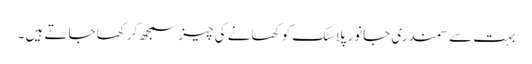
بہت سے سمندری جانور پلاسٹک کو کھانے کی چیز سمجھ کر کھا جاتے ہیں ۔